Source: Handwritten
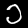
Digit: ၁ (1)